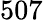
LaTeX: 507